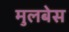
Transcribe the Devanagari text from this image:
मुलबेस